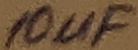
Text: 10uF